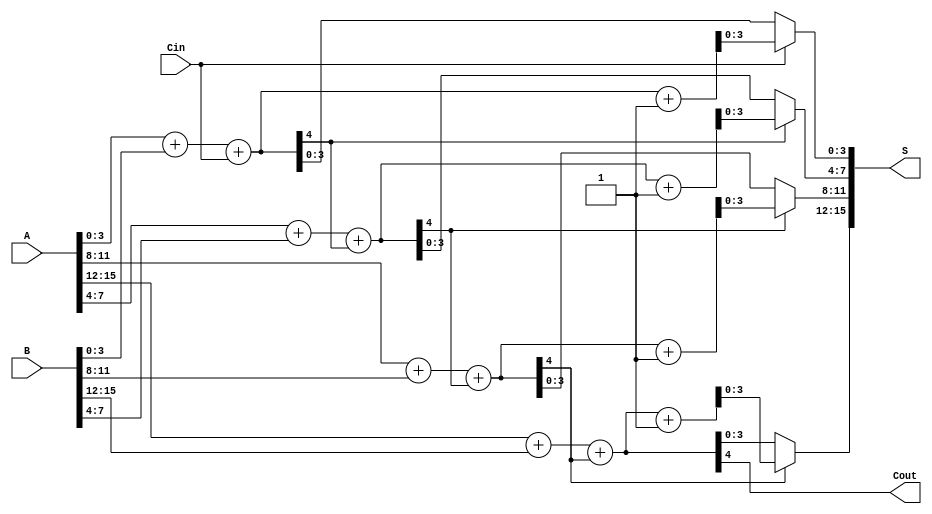
module HanCarlsonAdder #(parameter N = 16, parameter BLOCK_SIZE = 4) (
    input  wire [N-1:0] A,         // First operand
    input  wire [N-1:0] B,         // Second operand
    input  wire Cin,                // Carry-in
    output wire [N-1:0] S,         // Sum output
    output wire Cout                // Carry-out
);
    localparam NUM_BLOCKS = N / BLOCK_SIZE;

    wire [BLOCK_SIZE-1:0] sum0[NUM_BLOCKS-1:0]; // Sum assuming carry-in = 0
    wire [BLOCK_SIZE-1:0] sum1[NUM_BLOCKS-1:0]; // Sum assuming carry-in = 1
    wire carry_out[NUM_BLOCKS-1:0];              // Carry-out for each block
    wire carry_in[NUM_BLOCKS:0];                 // Carry-in for each block

    assign carry_in[0] = Cin; // Initial carry-in

    // Generate sums for each block
    genvar i;
    generate
        for (i = 0; i < NUM_BLOCKS; i = i + 1) begin : block
            wire [BLOCK_SIZE-1:0] A_block = A[i*BLOCK_SIZE +: BLOCK_SIZE];
            wire [BLOCK_SIZE-1:0] B_block = B[i*BLOCK_SIZE +: BLOCK_SIZE];

            // Calculate sum assuming carry-in = 0
            assign {carry_out[i], sum0[i]} = A_block + B_block + carry_in[i];

            // Calculate sum assuming carry-in = 1
            assign {carry_out[i], sum1[i]} = A_block + B_block + carry_in[i] + 1;

            // Select carry-in for the next block
            assign carry_in[i + 1] = carry_out[i];
        end
    endgenerate

    // Final sum selection
    generate
        for (i = 0; i < NUM_BLOCKS; i = i + 1) begin : final_sum
            assign S[i*BLOCK_SIZE +: BLOCK_SIZE] = (carry_in[i] == 1'b0) ? sum0[i] : sum1[i];
        end
    endgenerate

    // Final carry-out
    assign Cout = carry_out[NUM_BLOCKS - 1];

endmodule